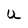
Character: U